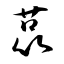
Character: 菎